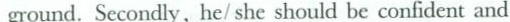
ground. Secondly, he/ she should be confident and